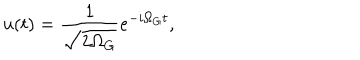
LaTeX: u ( t ) = \frac { 1 } { \sqrt { 2 \Omega _ { G } } } e ^ { - i \Omega _ { G } t } ,